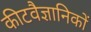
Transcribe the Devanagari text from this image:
कीटवैज्ञानिकों